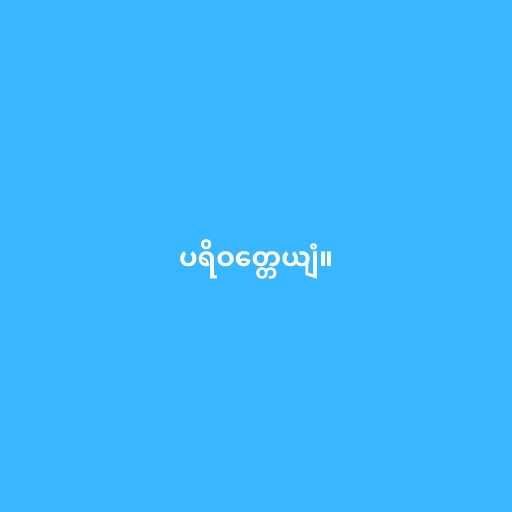
ပရိဝတ္တေယျံ။